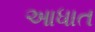
આધાત